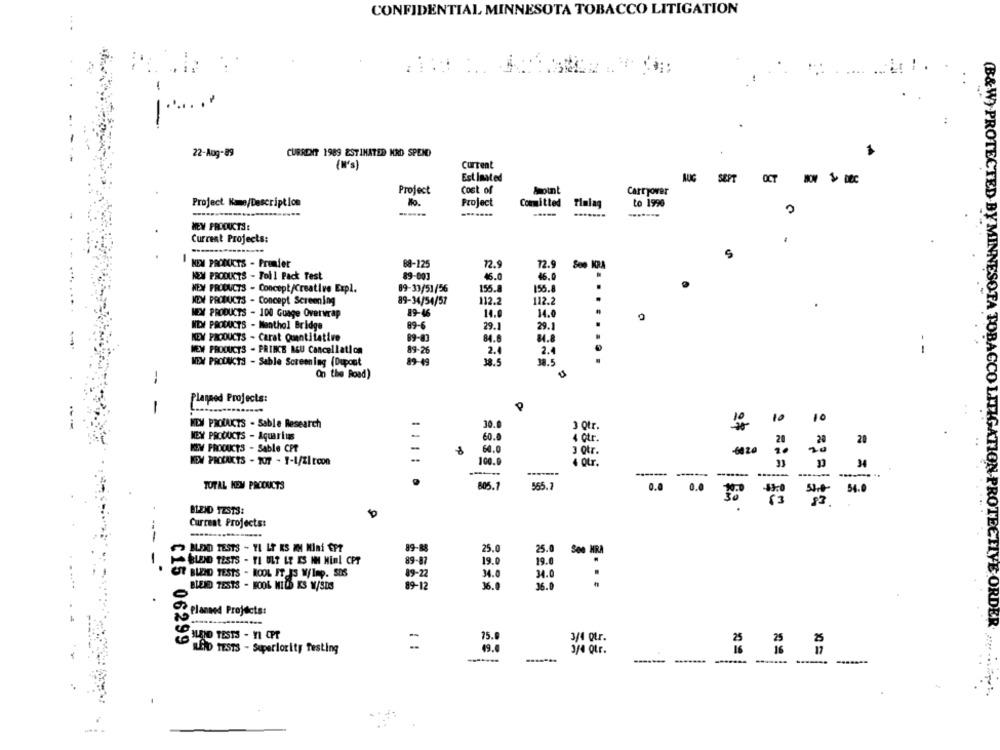
CONFIDENTIAL MINNESOTA TOBACCO LITIGATION
22-Aug-89
CURRENT 1989 ESTIMATED HRD SPEND
(W's)
Current
Estimated
AUG
SEPT
Project
Cost of
Amount
Carryover
Project Name/Description
Mo.
Project
Committed Timing
to 1990
HEY FROOUCTS:
Current Projects:
S
NEM PRODUCTS - Premier
88-125
72.9
72.9
Soo KRA
NEW PRODUCTS - Tol 1 Pack Test
89-001
46.0
46.0
NEW PRODUCTS - Concept/Creative Expl.
89-33/51/56
155.8
156.8
NEW PRODUCTS - Concept Screening
89-34/54/57
112.2
112.2
MEX PRODUCTS - 100 Guage Overwrap
89-46
14.0
14.0
NEW PRODUCTS - Menthol Bridge
89-6
29.1
29.1
NEW PRODUCTS - Carat Quantitative
89-83
84.8
84.8
- -
NEW PRODUCTS - PRINCE MEU Cancellation
89-26
2.
2.4
38.5
....
(B&W) PROTECTED BY MINNESOTA TOBAG
NEW PRODUCTS - Sable Screening (Dupont
89-49
38.5
On the Road)
1
Plaqrod Projects:
1
10
10
NEW PRODUCTS - Sable Research
30.0
3 otr.
NEW PRODUCTS - Aquarius
60.0
4 0tr.
20
NEW PRODUCTS - Sable CPT
-
60.0
3 otr.
-6020
KEM PROENICTS - TOT - 1-1/ZI toon
100.0
4 otr.
34
------- ------...
TOTAL KOM PRODUCTS
805.1
565.1
0.0 0.0
50.9 54.0
BLEND TESTS:
Current Projects:
---
89-88
25.0
BLEND TESTS - YI LT KS AM Mini EPT
25.0
. BLEND TESTS - FI ULT LE ES IM Min! CPT
89-87
19.0
19.0
CST BLEND TESTS - ROOL IT IS W/Imp. SDS
89-22
34.0
34.0
BLEND TESTS - HOOL MILS KS M/SDS
89-12
36.0
36.0
CTIVE ORDE
Planned Projects:
BLEND TESTS - YI CPT
3/4 Qtr.
25
C15 06299
-
75.
LAND TESTS - Superiority Testing
3/4 Qtr.
16
-------